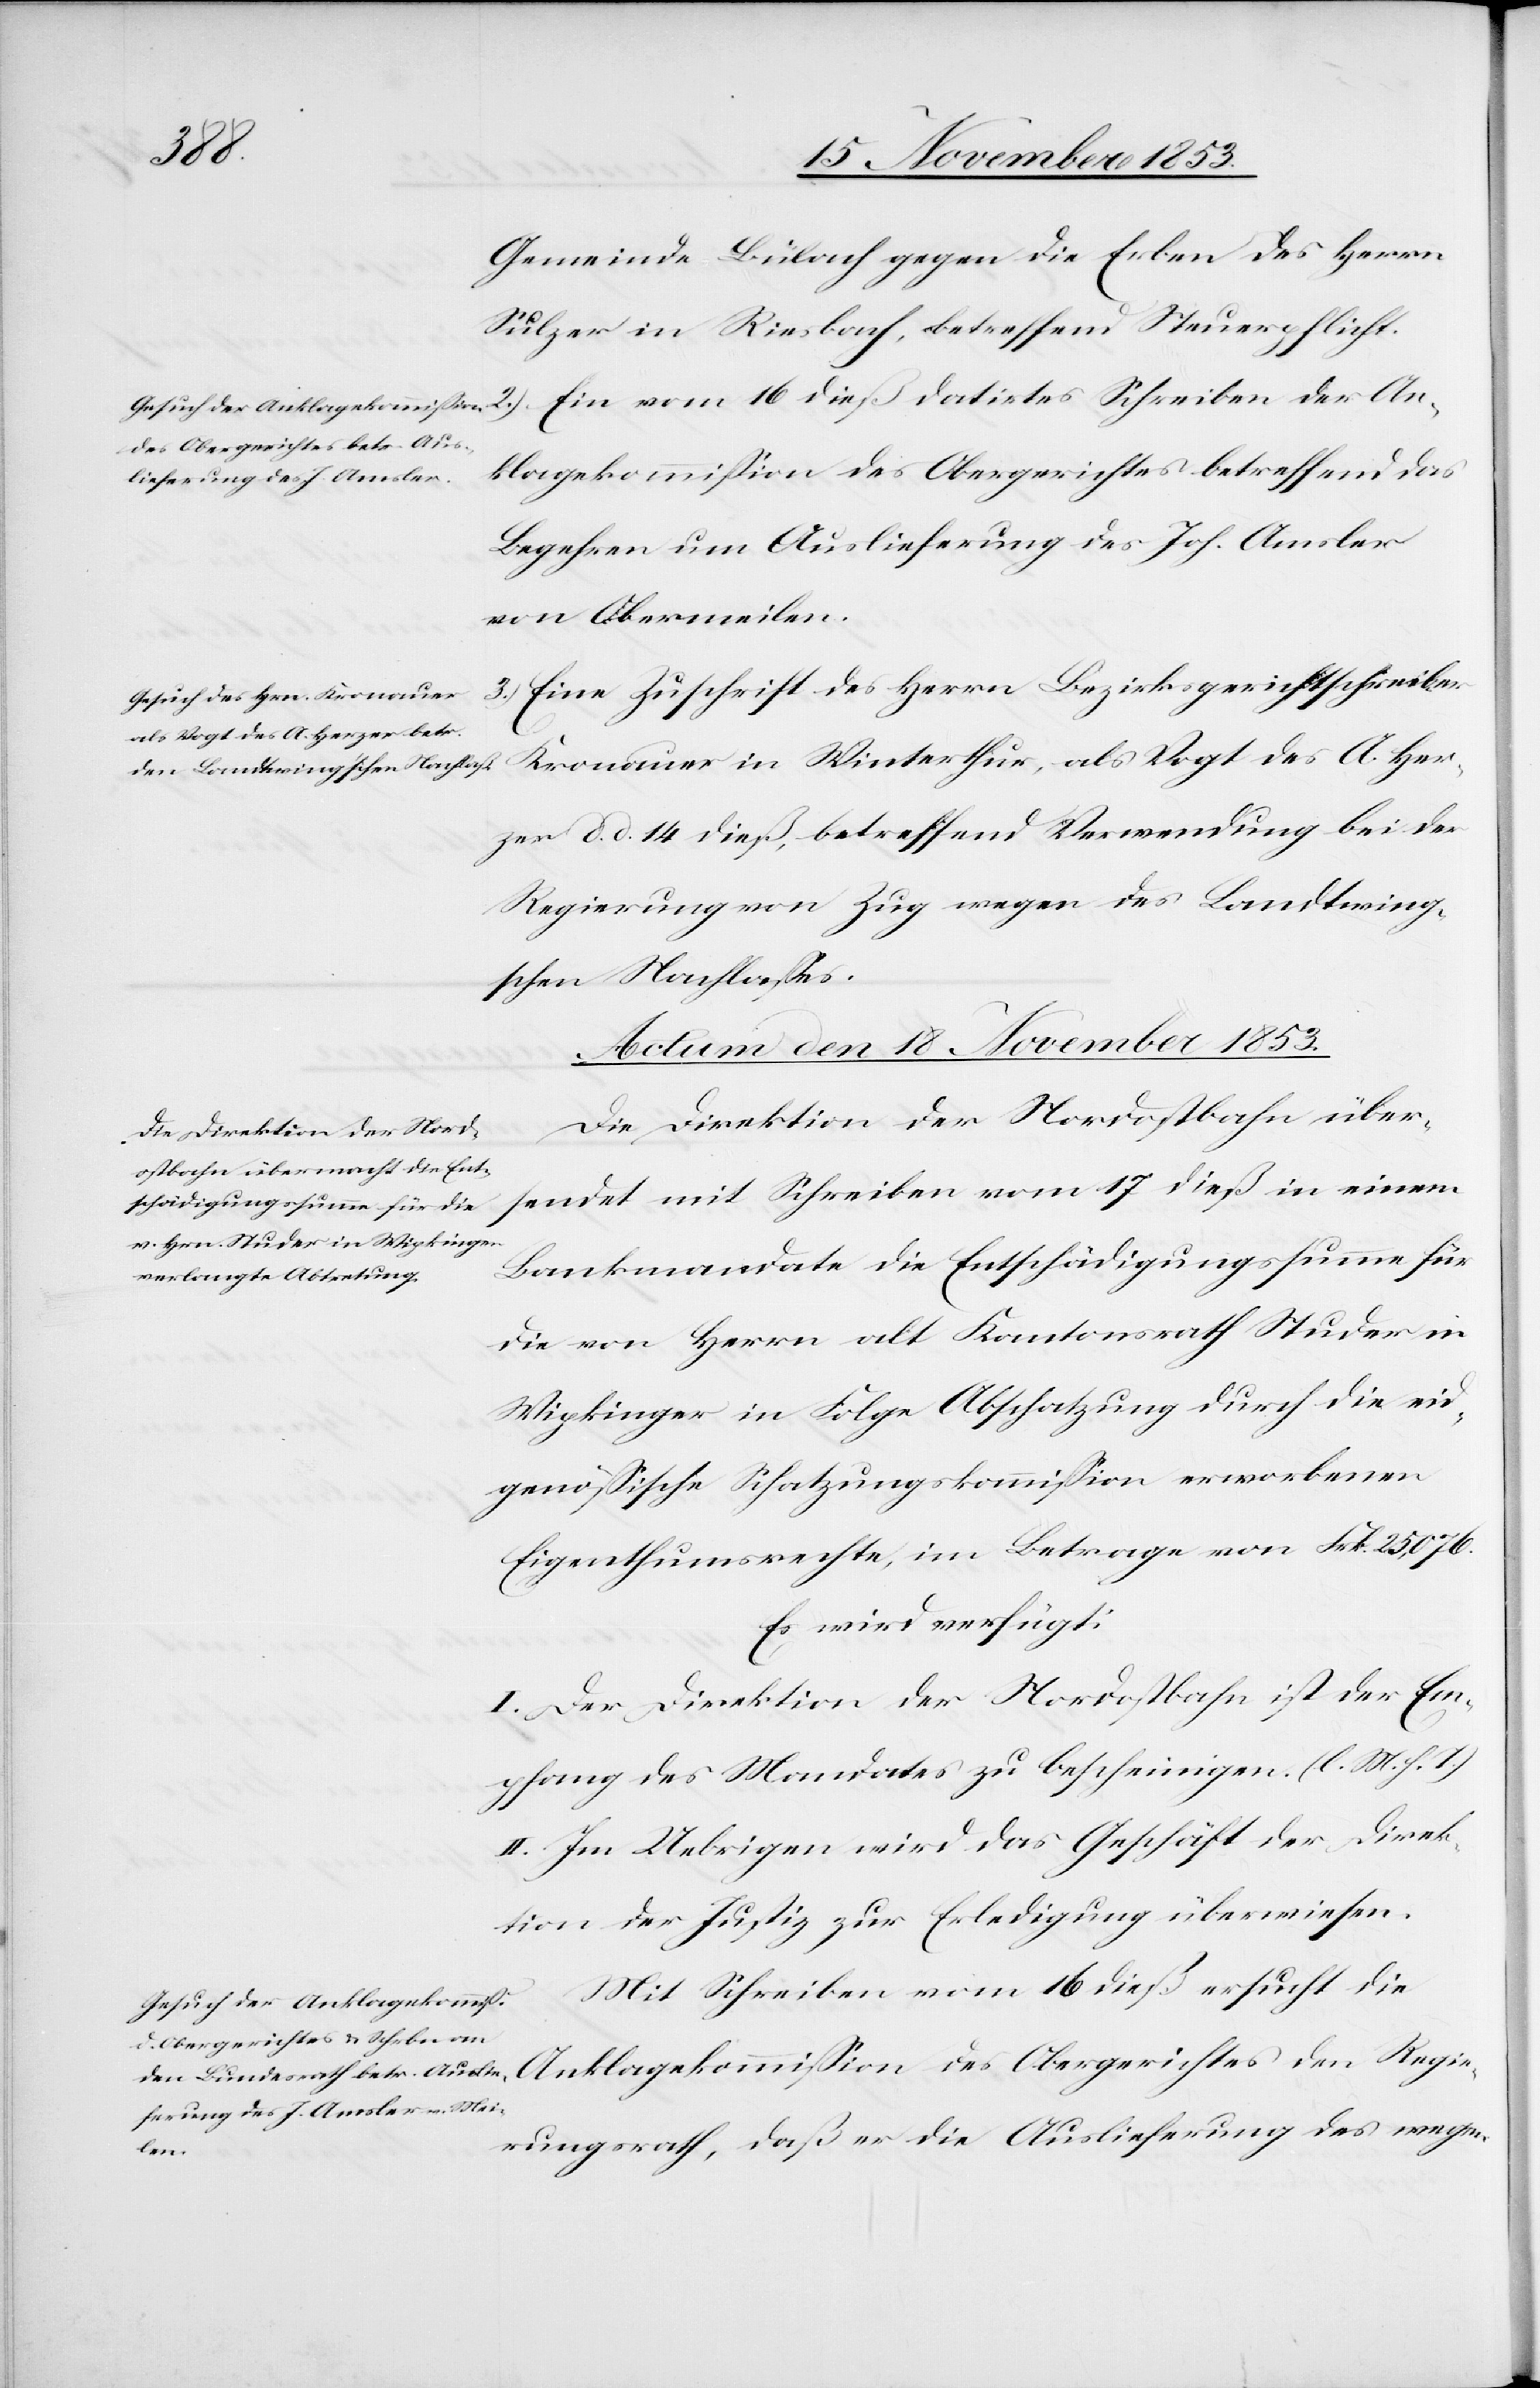
den
17 November 1853.]
Gemeinde Bülach gegen die Erben des Herrn
Sulzer in Riesbach, betreffend Steuerpflicht.
2.) Ein vom 16 dieß datirtes Schreiben der An¬
des Obergerichtes den Regie¬
klagekommißion des Obergerichtes betreffend das
Begehren um Auslieferung des Joh. Amsler
von Obermeilen.
3.) Eine Zuschrift des Herrn Bezirksgerichtsschreiber
Kronauer in Winterthur, als Vogt des A. Her¬
zer d. d. 14 dieß, betreffend Verwendung bei der
Regierung von Zug wegen des Landwing¬
schen Nachlaßes.
Actum den 18 November 1853.]
Die Direktion der Nordostbahn über¬
sendet mit Schreiben vom 17 dieß in einem
Bankmandate die Entschädigungssumme für
die von Herrn alt Kantonsrath Studer in
Wipkinger [sic!] in Folge Absetzung durch die eid¬
genößische Sitzungskommißion erworbenen
Eigenthumsrechte im Betrage von Frk. 25,076.
Es wird verfügt:
I. Der Direktion der Nordostbahn ist der Em¬
pfang des Mandates zu bescheinigen. [l. M. h. T]
II. Im Uebrigen wird das Geschäft der Direk¬
tion der Justiz zur Erledigung überwiesen.
Mit Schreiben vom 16 dieß ersucht die
rungsrath, daß er die Auslieferung des wegen